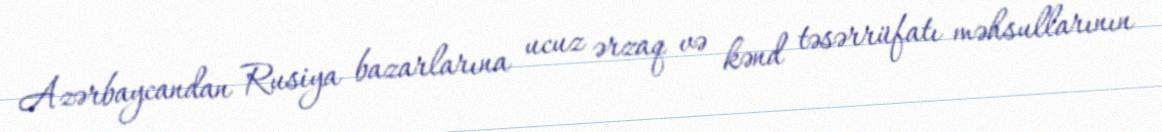
Azərbaycandan Rusiya bazarlarına ucuz ərzaq və kənd təsərrüfatı məhsullarının